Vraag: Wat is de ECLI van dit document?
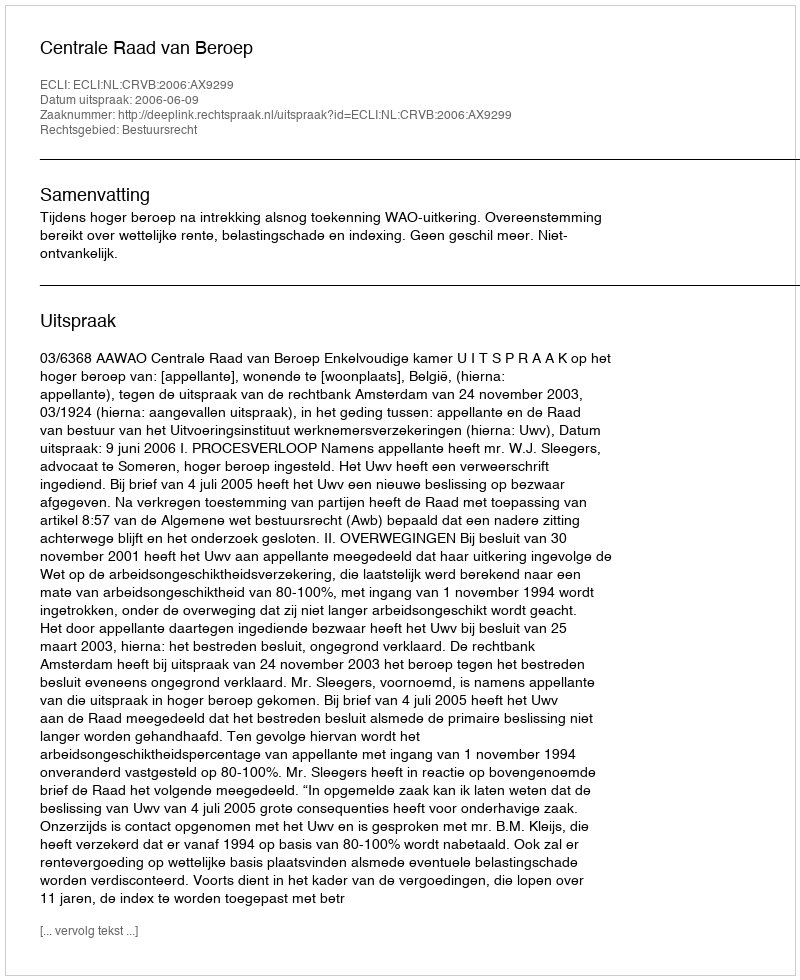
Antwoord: ECLI:NL:CRVB:2006:AX9299